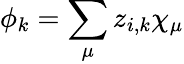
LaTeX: \phi_{k}=\sum_{\mu}z_{i,k}\chi_{\mu}